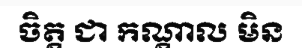
ចិត្ត ជា កណ្តាល មិន